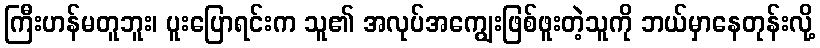
ကြီးဟန်မတူဘူး၊ ပူးပြောရင်းက သူ၏ အလုပ်အကျွေးဖြစ်ဖူးတဲ့သူကို ဘယ်မှာနေတုန်းလို့